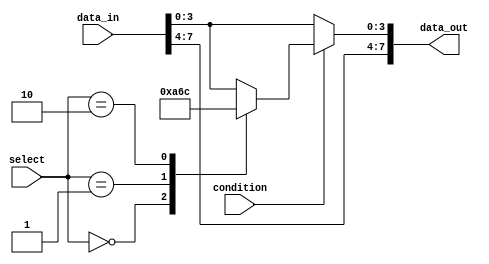
module bit_select_assign (
    input [7:0] data_in,
    input [2:0] select,
    input condition,
    output reg [7:0] data_out
);

always @(*) begin
    if (condition) begin
        case (select)
            3'b000: data_out = {data_in[7:4], 4'b1010}; // Assign value 1010 to bits 7 to 4
            3'b001: data_out = {data_in[7:4], 4'b0110}; // Assign value 0110 to bits 7 to 4
            3'b010: data_out = {data_in[7:4], 4'b1100}; // Assign value 1100 to bits 7 to 4
            default: data_out = data_in; // Default case retains original value
        endcase
    end else begin
        data_out = data_in; // Default assignment when condition is false
    end
end

endmodule